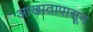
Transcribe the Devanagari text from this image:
आखातापासून